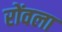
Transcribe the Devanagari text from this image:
रोंवला